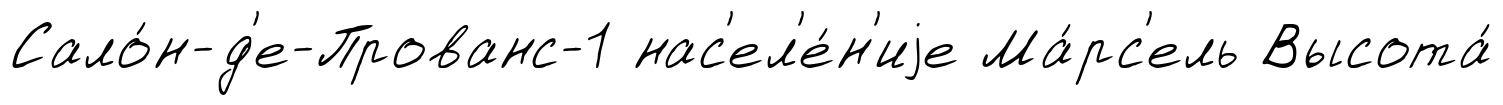
Сало́н-д'е-Прованс-1 нас'ел'е́н'иjе Ма́рс'ель Высота́